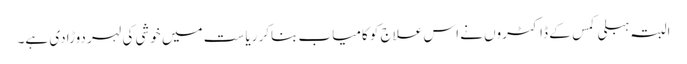
البتہ ہبلی کمس کے ڈاکٹروں نے اس علاج کو کامیاب بناکر ریاست میں خوشی کی لہر دوڑادی ہے۔